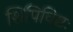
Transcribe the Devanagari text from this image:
शिपिविष्टः